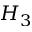
H _ { 3 }